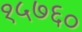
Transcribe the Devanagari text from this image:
१५७६०